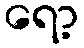
ရော့